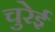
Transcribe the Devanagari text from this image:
चुरेई